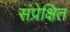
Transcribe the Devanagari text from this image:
संप्रेक्षित